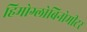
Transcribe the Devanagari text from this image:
हिमोग्लोबिनोमीटर